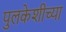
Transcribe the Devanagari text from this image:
पुलकेशीच्या